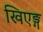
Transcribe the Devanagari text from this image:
खिएङ्ग